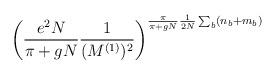
LaTeX: \begin{align*}\left( \frac{e^2 N}{\pi+gN} \frac{1}{(M^{(1)})^2}\right)^{\frac{\pi}{\pi+gN} \frac{1}{2N} \sum_b (n_b + m_b)}\end{align*}